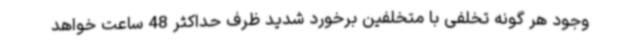
وجود هر گونه تخلفی با متخلفین برخورد شدید ظرف حداکثر 48 ساعت خواهد